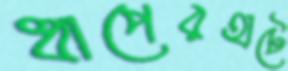
ধাপেরহাটে